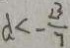
d < - \frac { 2 3 } { 7 }